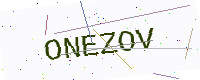
Text: ONEZOV